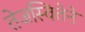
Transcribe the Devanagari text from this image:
तेजस्वितेने